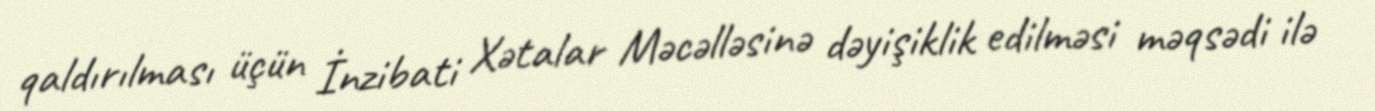
qaldırılması üçün İnzibati Xətalar Məcəlləsinə dəyişiklik edilməsi məqsədi ilə